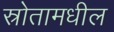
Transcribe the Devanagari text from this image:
स्रोतामधील